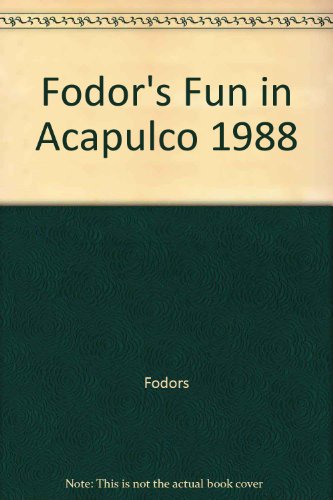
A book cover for Fodors-Fun Acapulco'88; Fodor's; Travel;